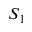
S _ { 1 }